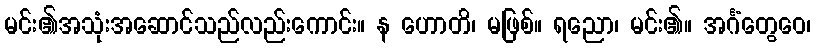
မင်း၏အသုံးအဆောင်သည်လည်းကောင်း။ န ဟောတိ၊ မဖြစ်။ ရညော၊ မင်း၏။ အင်္ဂံတွေဝေ၊